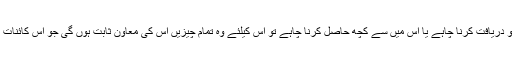
اور یہ صرف چاند پر ہی موقوف نہیں انسان اگر اپنی ذات کو دریافت کرنا چاہے یا اس میں سے کچھ حاصل کرنا چاہے تو اس کیلئے وہ تمام چیزیں اس کی معاون ثابت ہوں گی جو اس کائنات میں بکھری ہیں اور براہ راست انسان پر اثرانداز ہورہی ہیں۔